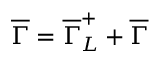
\overline { { { \Gamma } } } = \overline { { { \Gamma } } } _ { L } ^ { + } + \overline { { { \Gamma } } }